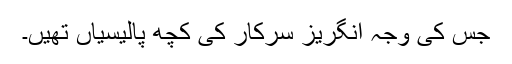
جس کی وجہ انگریز سرکار کی کچھ پالیسیاں تھیں۔